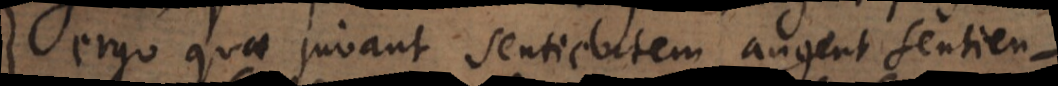
ergo quae juvant sentientem augent sentien